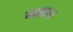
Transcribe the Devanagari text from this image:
मख्य